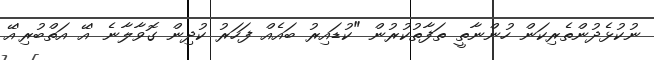
ނުކުޅެދުންތެރިކަން ހުންނާތީ ތަފާތުކުރުން "ކުޑައިރު ބައެއް ފަހަރު ކުދިން ގޮވާލާނެ 'އޭ އަތްބުރި'އޭ